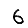
Digit: 6